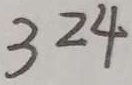
3 2 4